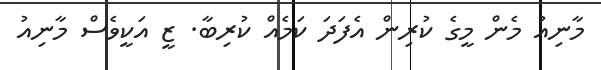
މާނިއު މެން މީގެ ކުރިން އެފަދަ ކަމެއް ކުރިބާ. ޒީ އަކީވެސް މާނިއު